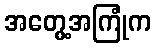
အတွေ့အကြုံက